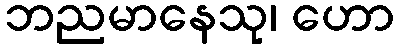
ဘညမာနေသု၊ ဟော